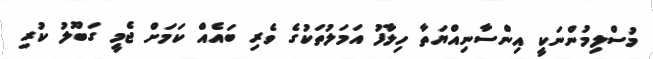
މުސްލިމުންނަކީ އިންސާނިއްޔަތާ ހިލާފު އަމަލުތަކުގެ ވެރި ބައެއް ކަމަށް ޖެމީ ގަބޫލު ކުރި